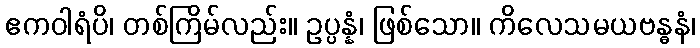
ဧကဝါရံပိ၊ တစ်ကြိမ်လည်း။ ဥပ္ပန္နံ၊ ဖြစ်သော။ ကိလေသမယဗန္ဓနံ၊